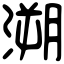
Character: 溯